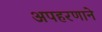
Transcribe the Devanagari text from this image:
अपहरणाने